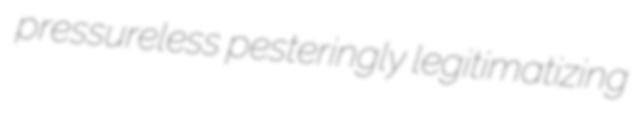
pressureless pesteringly legitimatizing